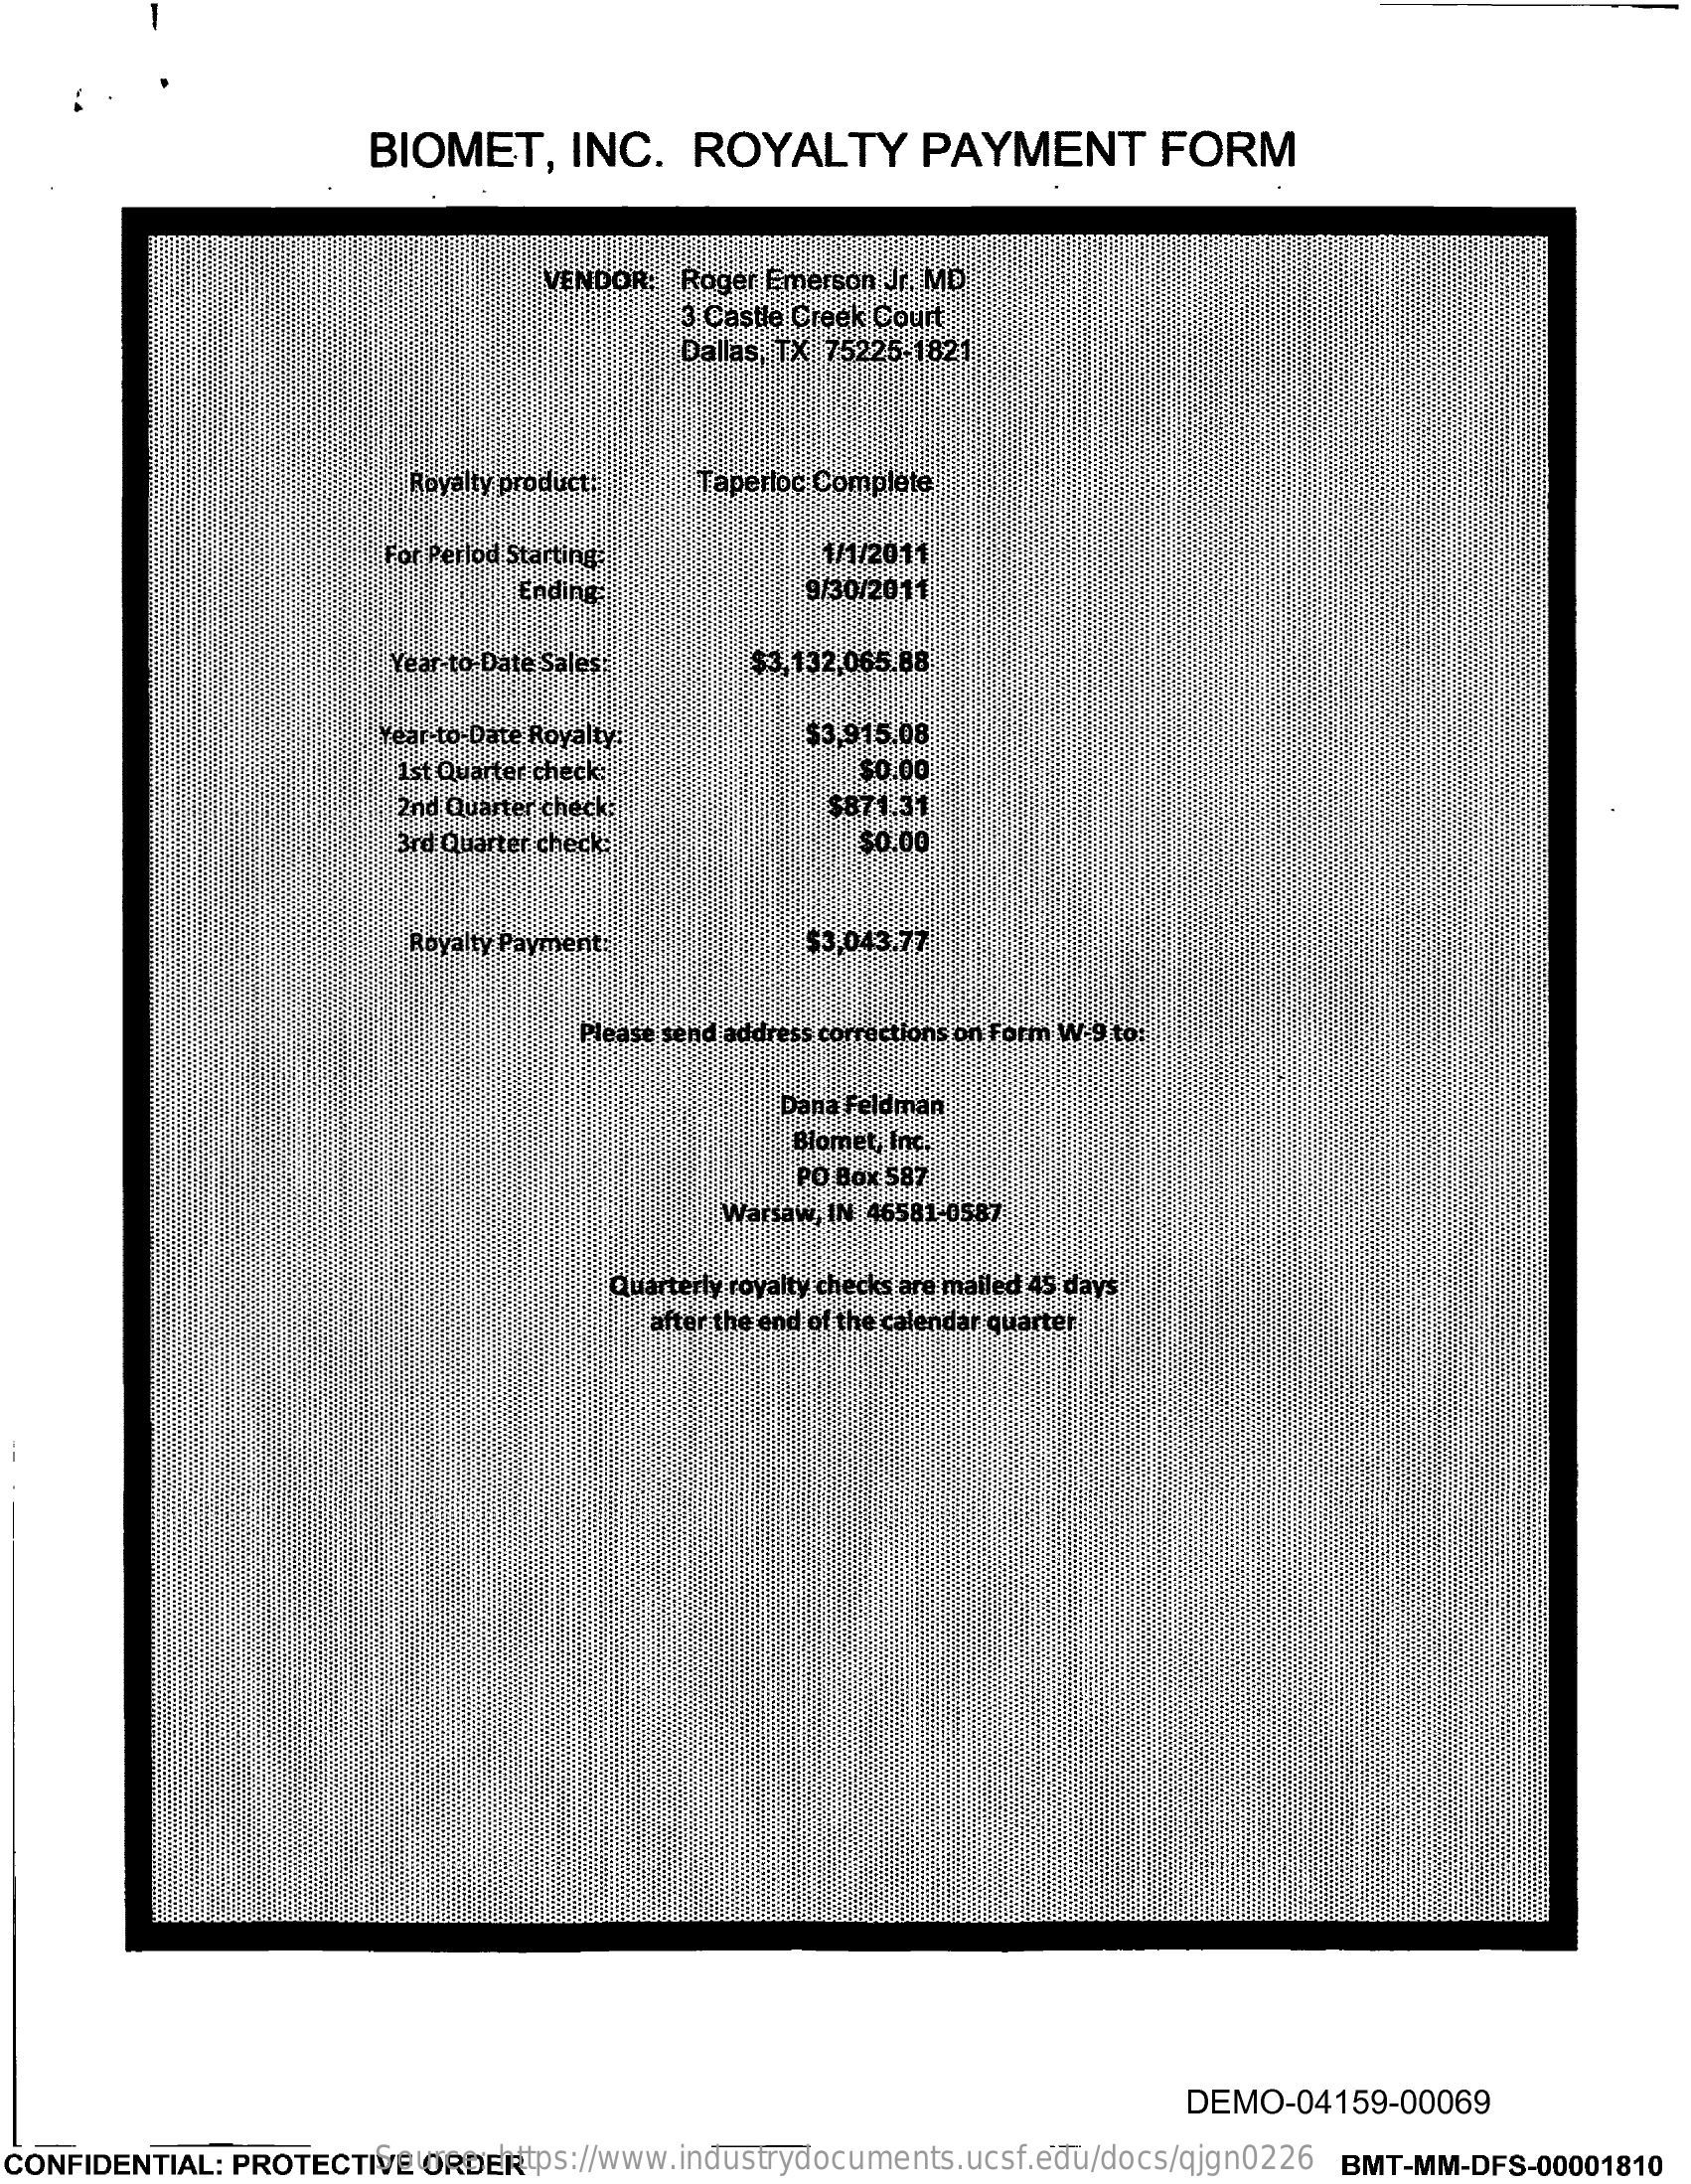
BIOMET,    INC.    ROYALTY    PAYMENT    FORM
     VENDOR:  Roger Emerson Jr. MD
     3 Castle Creek Court
     Dallas, TX 75225-1821
     Royalty product   Taperloc Complete
     For Perlod Starting    1/1/2011
     Ending    9/30/2011
     Year-to Date Sales    $3,132.065.88
     Year to Date Royalty    $3,915.08
     1st Quarter check    $0.00
     2nd Quarter check    $871.31
     3rd Quarter check:    $0.00
     Royalty Payment    $3,043.77
     Please send address corrections on form W-9 to:
     Dana Feldman
     Blomet, Inc.
     PO Box 587
     Warsaw, IN 46581-0587
     Quarterly royalty checks are mailed 45 days
     after the end of the calendar quarter
     DEMO-04159-00069
  CONFIDENTIAL: PROTECTIVE ORDER Source: https://www.industrydocuments.ucsf.edu/docs/qjgn0226 BMT-MM-DFS-00001810